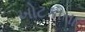
ખોટકાતા